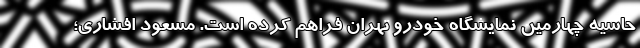
حاشیه چهارمین نمایشگاه خودرو تهران فراهم کرده است. مسعود افشاری؛